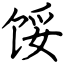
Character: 馁